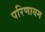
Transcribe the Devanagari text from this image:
परिणायम